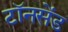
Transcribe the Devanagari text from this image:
टॉनसेंड